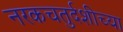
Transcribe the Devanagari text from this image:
नरकचतुर्दशीच्या